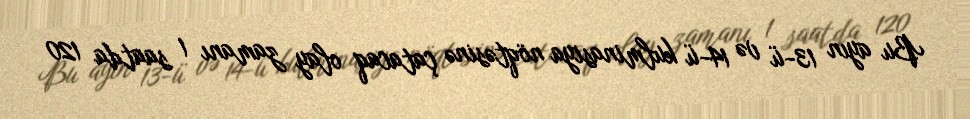
Bu ayın 13-ü və 14-ü kulminasiya nöqtəsinə çatacaq olay zamanı 1 saatda 120